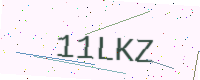
Text: 11LKZ